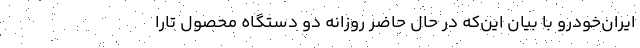
ایران‌خودرو با بیان این‌که در حال حاضر روزانه دو دستگاه محصول تارا